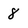
Character: 8